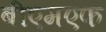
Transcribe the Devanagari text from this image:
बीएमएफ